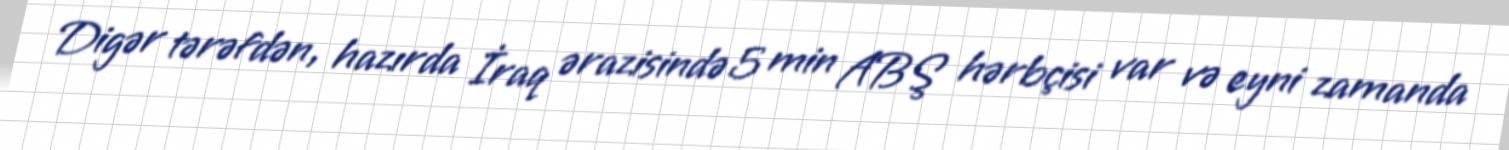
Digər tərəfdən, hazırda İraq ərazisində 5 min ABŞ hərbçisi var və eyni zamanda